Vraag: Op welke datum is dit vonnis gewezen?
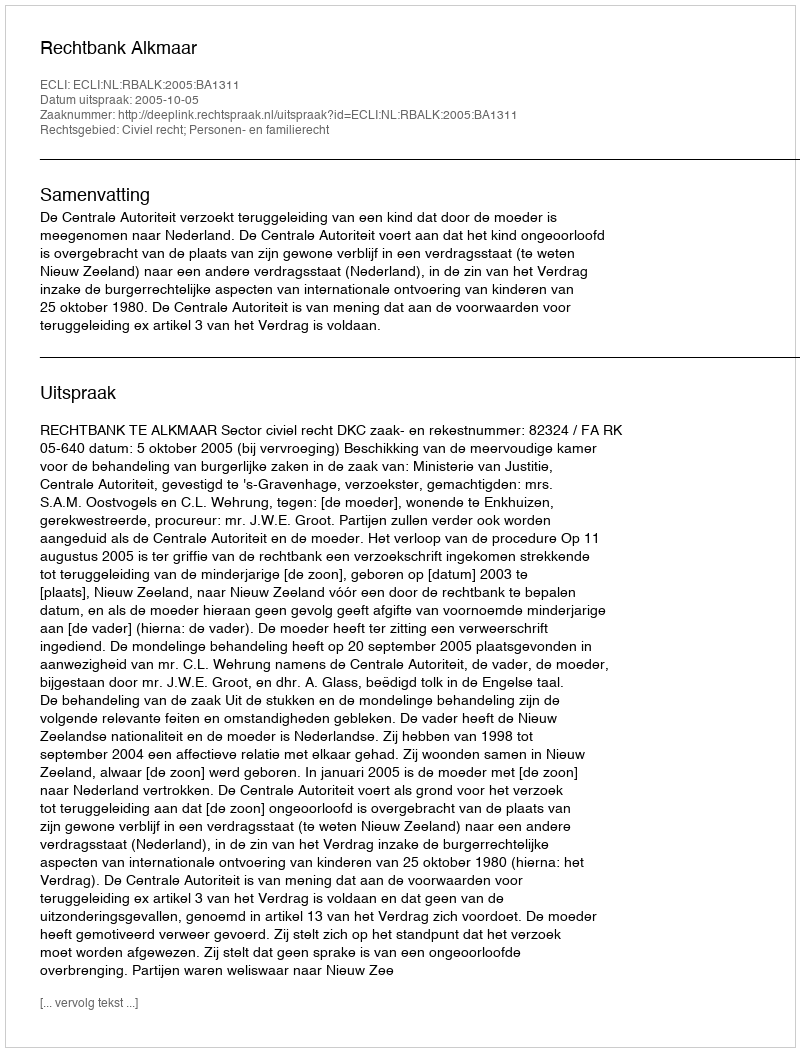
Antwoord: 2005-10-05